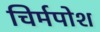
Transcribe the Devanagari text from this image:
चिर्मपोश